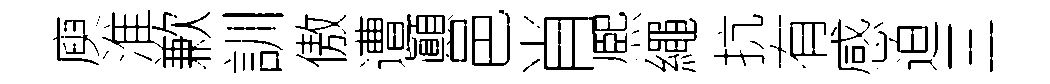
庾淮歉訓傲遭顚邑肖熈繩抗有感迫三